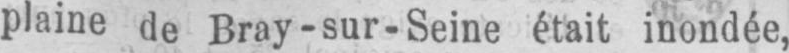
plaine de Bray-sur-Seine était inondée,